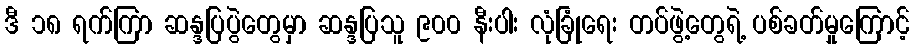
ဒီ ၁၈ ရက်ကြာ ဆန္ဒပြပွဲတွေမှာ ဆန္ဒပြသူ ၉၀၀ နီးပါး လုံခြုံရေး တပ်ဖွဲ့တွေရဲ့ ပစ်ခတ်မှုကြောင့်